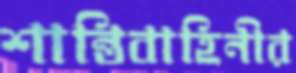
শান্তিবাহিনীর